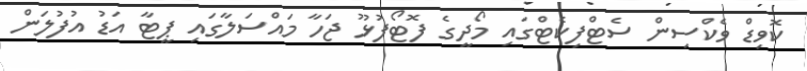
ކޮވިޑް ވެކްސިން ސެޓްފިކެޓްގައި މޯދީގެ ފޮޓޯފުޅޫ ޖަހާ މައްސަލާގައި ޕީޓާ އަޑު އުފުލަން